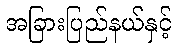
အခြားပြည်နယ်နှင့်